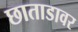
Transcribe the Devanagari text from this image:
छाताडावर